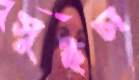
সুইচা